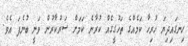
ހިނގައިދިޔަ ހުރިހާ ކަމެއްގެ ތަހުގީގެއް ކުރާނެ ކަމަށް ސަރުކާރުން ވަނީ ބުނެފަ އެވެ.